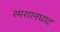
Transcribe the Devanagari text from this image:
श्मशानघाट